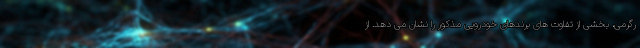
رگرمی، بخشی از تفاوت های برندهای خودرویی مذکور را نشان می دهد. از